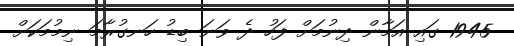
1945 ގައި އަމާން ދިނުމަށް ފަހު ދެ ވަނަ ބިޑު ހަނގުރާމަ ނިމުމަކަށް